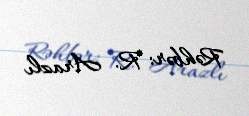
Rəhbər: R. Arazlı